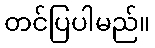
တင်ပြပါမည်။